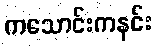
ကသောင်းကနင်း